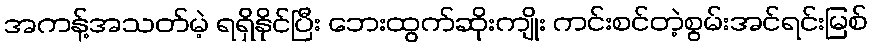
အကန့်အသတ်မဲ့ ရရှိနိုင်ပြီး ဘေးထွက်ဆိုးကျိုး ကင်းစင်တဲ့စွမ်းအင်ရင်းမြစ်